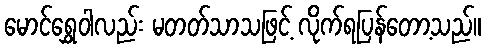
မောင်ရွှေဝါလည်း မတတ်သာသဖြင့် လိုက်ရပြန်တော့သည်။